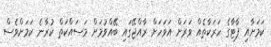
ކަމަށާއި ޕާޓާގެ ހަރަކާތެއް ވަރަށް އަވަހަށް ރާއްޖޭގައި ބޭއްވުމަށް މަސައްކަތް ކުރާނެ ކަމަށްވެސް